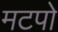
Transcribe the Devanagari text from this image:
मटपो